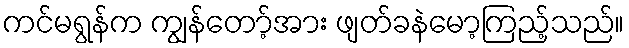
ကင်မရွန်က ကျွန်တော့်အား ဖျတ်ခနဲမော့ကြည့်သည်။